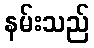
နမ်းသည်